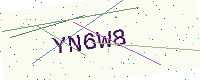
Text: YN6W8